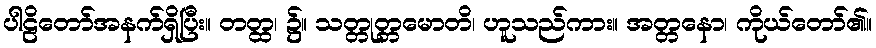
ပါဠိတော်အနက်ရှိပြီး။ တတ္ထ၊ ၌။ သတ္တုတ္တမောတိ၊ ဟူသည်ကား။ အတ္တနော၊ ကိုယ်တော်၏။